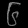
Digit: ၆